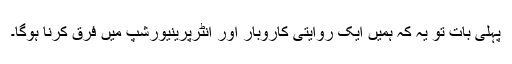
پہلی بات تو یہ کہ ہمیں ایک روایتی کاروبار اور انٹرپرینیورشپ میں فرق کرنا ہوگا۔